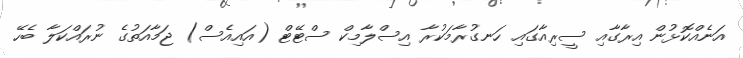
އަނެއްކޮޅުން އިރާގާއި ސީރިއާގައި ހަނގުރާމަކުރާ އިސްލާމިކް ސްޓޭޓް (އައިއެސް) ޖަމާއަތުގެ ނުރައްކަލާ ބެހޭ